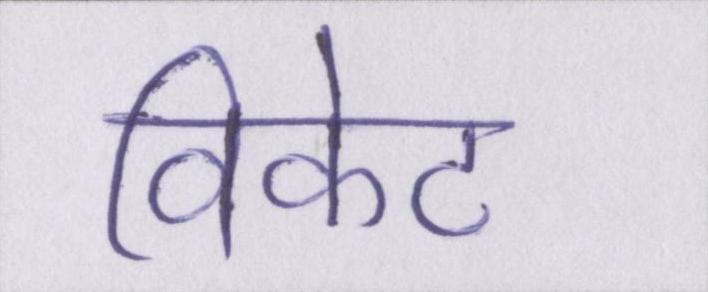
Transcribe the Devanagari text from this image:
विकेट